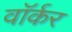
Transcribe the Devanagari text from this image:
वाॅर्कर